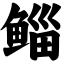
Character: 鲻